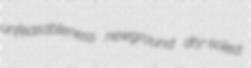
unfeasableness newground dry-soled